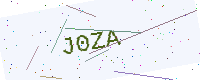
Text: J0ZA